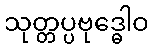
သုတ္တပ္ပဗုဒ္ဓေါဝ